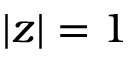
| z | = 1